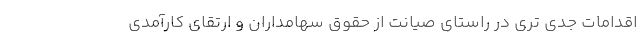
اقدامات جدی تری در راستای صیانت از حقوق سهامداران و ارتقای کارآمدی